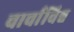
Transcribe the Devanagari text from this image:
चार्चाविश्व